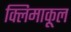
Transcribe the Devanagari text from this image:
क्लिमाकूल